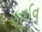
ફાઈવ